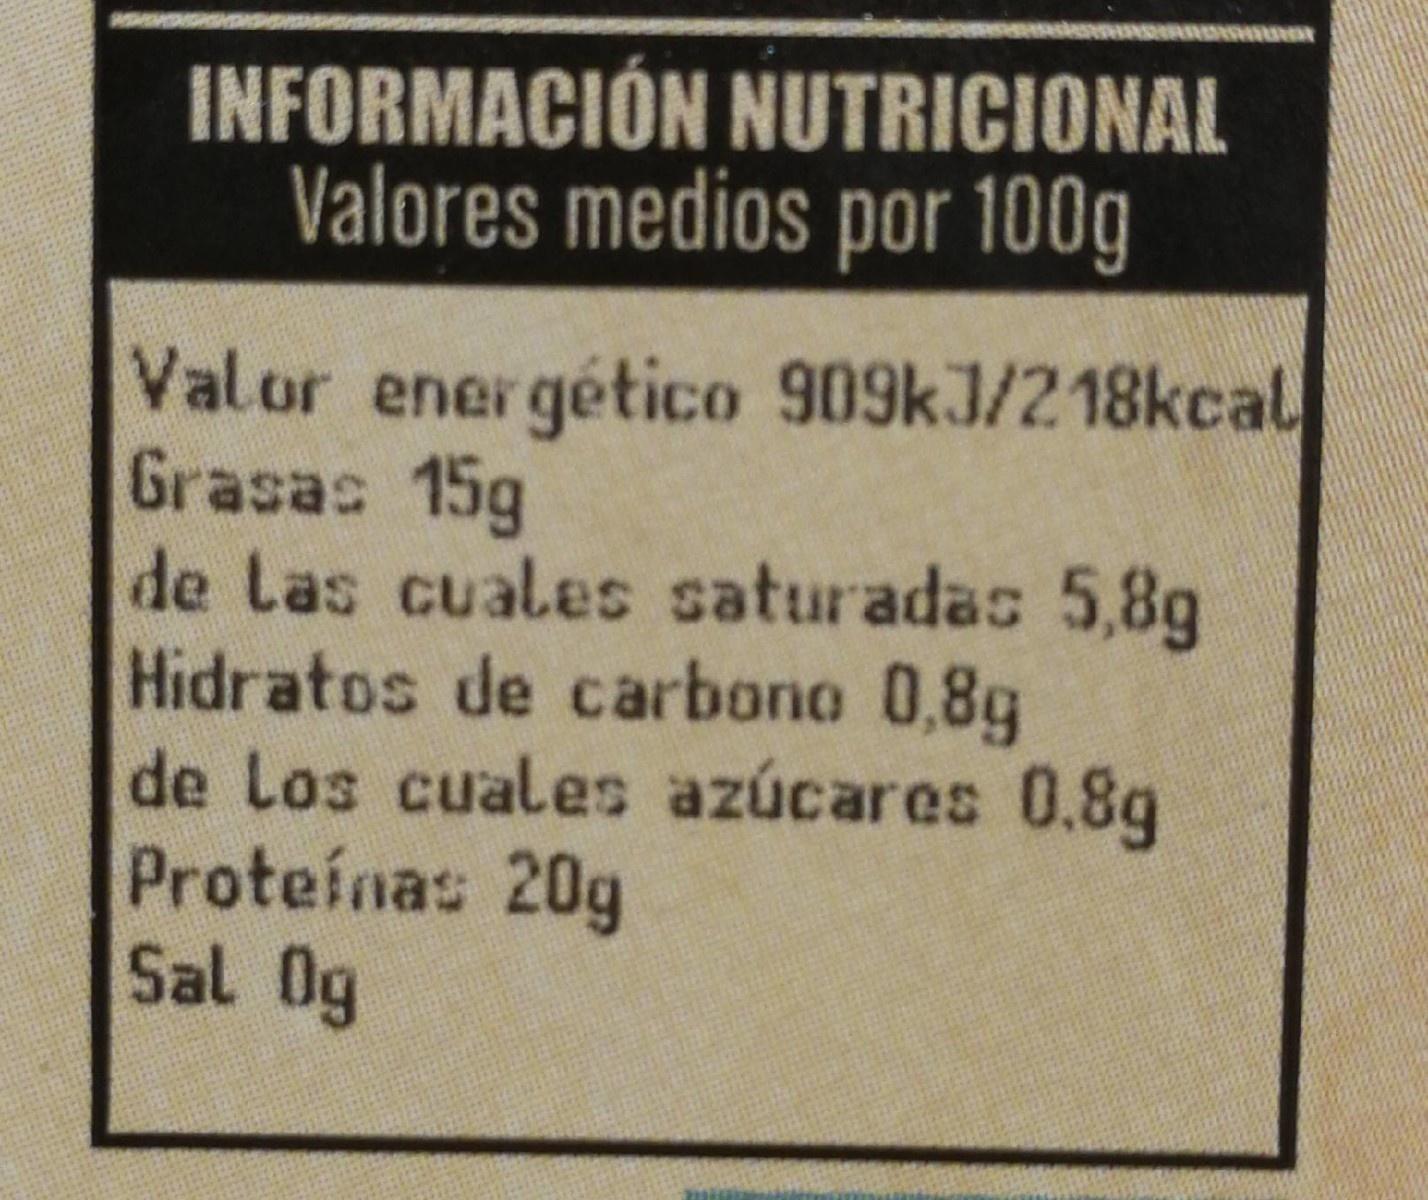
INFORMACIÓN NUTRICIONAL Valores medios por 100g
Valor energético 909kJ/218kcal Grasas 15g de las cuales saturadas 5,8g Hidratos de carbono 0,8g de Los cuales azúcares 0.8g Proteínas 20g Sal Og